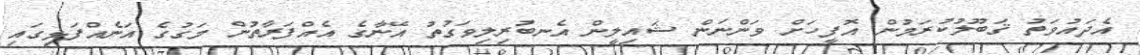
އެދައުވަތު ޤަބޫލުކުރަމުން އޮފީހަށް ވަންނަން ޝައިލީން އެނބުރިލިވަގުތު އޭނާގެ އެއްފަރާތުން މަގުގެ އަނެއްފަޅިގައި